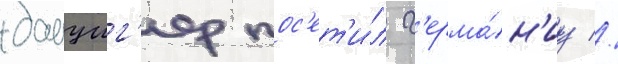
данциг'ер пос'ет'и́л г'ерма́н'иу //